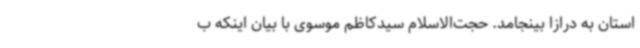
استان به درازا بینجامد. حجت‌الاسلام سیدکاظم موسوی با بیان اینکه ب